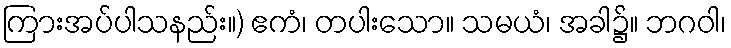
ကြားအပ်ပါသနည်း။) ဧကံ၊ တပါးသော။ သမယံ၊ အခါ၌။ ဘဂဝါ၊